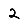
Digit: 2